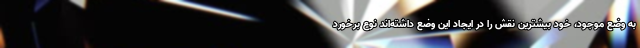
به وضع موجود، خود بیشترین نقش را در ایجاد این وضع داشته‌اند نوع برخورد